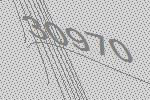
30970